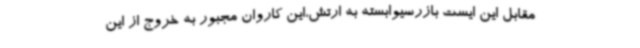
مقابل این ایست بازرسیوابسته به ارتش،این کاروان مجبور به خروج از این